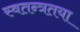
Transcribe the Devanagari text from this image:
स्वतन्त्रतया